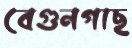
বেগুনগাছ